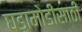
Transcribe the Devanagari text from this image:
घडामोडींसाठी